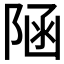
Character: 𨺂